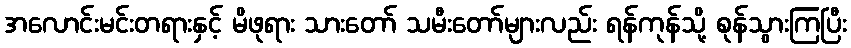
အလောင်းမင်းတရားနှင့် မိဖုရား သားတော် သမီးတော်များလည်း ရန်ကုန်သို့ စုန်သွားကြပြီး